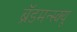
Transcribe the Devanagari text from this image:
ब्रॅडमन्स्क्यू